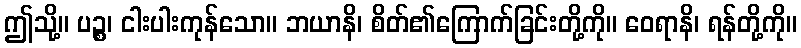
ဤသို့။ ပဉ္စ၊ ငါးပါးကုန်သော။ ဘယာနိ၊ စိတ်၏ကြောက်ခြင်းတို့ကို။ ဝေရာနိ၊ ရန်တို့ကို။